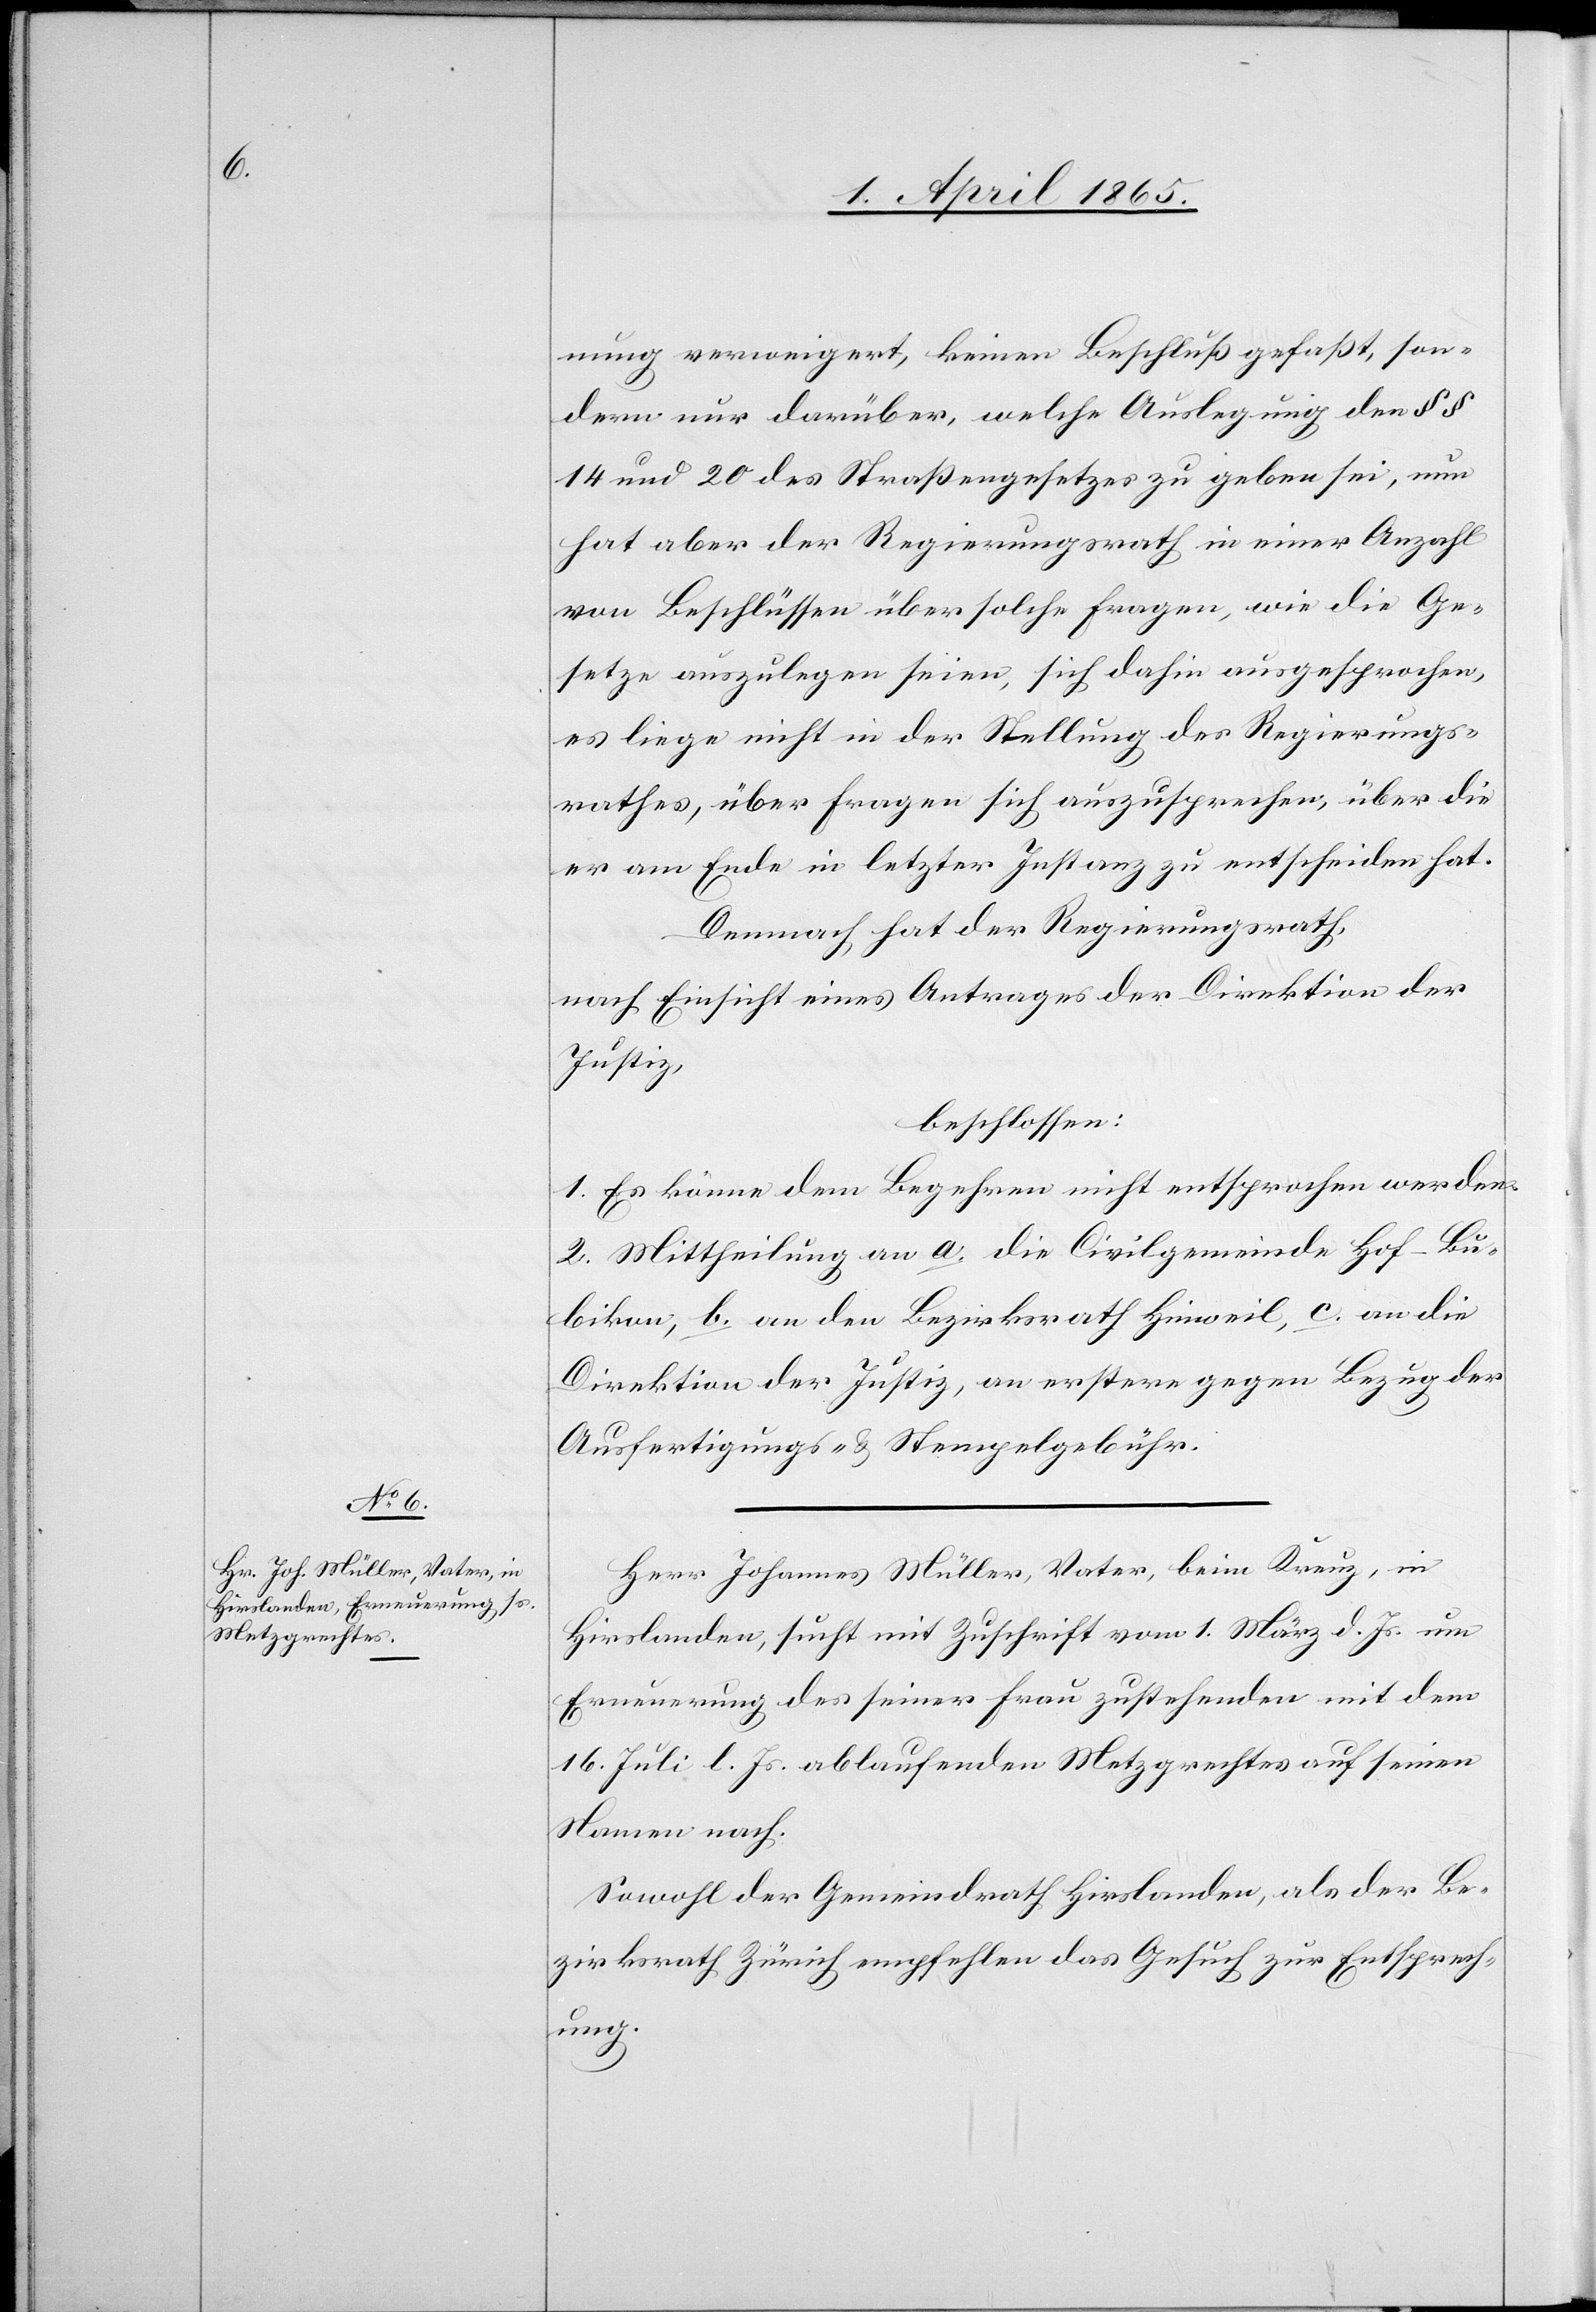
nung verweigert, keinen Beschluß gefaßt, son¬
dern nur darüber, welche Auslegung den §
14 und 20 des Straßengesetzes zu geben sei, nun
hat aber der Regierungsrath in einer Anzahl
von Beschlüssen über solche Fragen, wie die Ge¬
setze auszulegen seien, sich dahin ausgesprochen,
es liege nicht in der Stellung des Regierungs¬
rathes, über Fragen sich auszusprechen, über die
er am Ende in letzter Instanz zu entscheiden hat.
Demnach hat der Regierungsrath,
nach Einsicht eines Antrages der Direktion der
Justiz,
beschlossen:
1. Es könne dem Begehren nicht entsprochen werden.
2. Mittheilung an a. die Civilgemeinde Hof-Bu¬
bikon, b. an den Bezirksrath Hinweil, c. an die
Direktion der Justiz, an erstere gegen Bezug der
Ausfertigungs- & Stempelgebühr.
Herr Johannes Müller, Vater, beim Kreuz, in
Hirslanden, sucht mit Zuschrift vom 1. März d. Js. um
Erneuerung des seiner Frau zustehenden mit dem
16. Juli l. Js. ablaufenden Metzgrechtes auf seinen
Namen nach.
Sowohl der Gemeindrath Hirslanden, als der Be¬
zirksrath Zürich empfehlen das Gesuch zur Entsprech¬
ung.